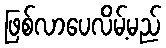
ဖြစ်လာပေလိမ့်မည်